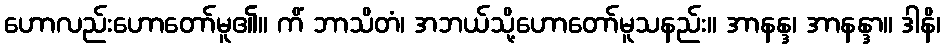
ဟောလည်းဟောတော်မူ၏။ ကိံ ဘာသိတံ၊ အဘယ်သို့ဟောတော်မူသနည်း။ အာနန္ဒ၊ အာနန္ဒာ။ ဒါနိ၊